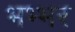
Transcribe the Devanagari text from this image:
भभ्भर